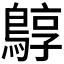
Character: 𪂎